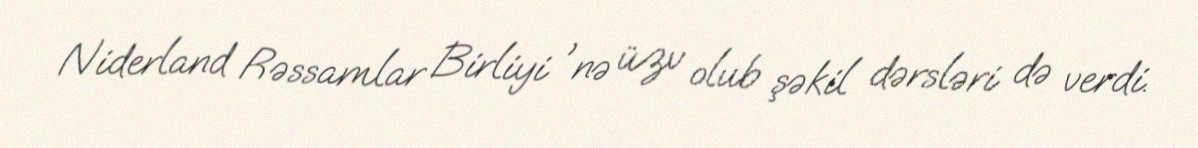
Niderland Rəssamlar Birliyi 'nə üzv olub şəkil dərsləri də verdi.